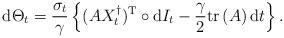
LaTeX: \begin{align*} {\rm d} \Theta_t =\frac{\sigma_t}{\gamma} \left\{ (A X^\dagger_t)^{\rm T} \circ {\rm d}I_t - \frac{\gamma}{2} \mbox{tr} \,(A)\,{\rm d}t\right\}.\end{align*}